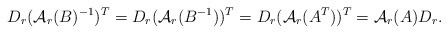
\begin{align*}D_r(\mathcal A_r(B)^{-1})^T=D_r(\mathcal A_r(B^{-1}))^T=D_r(\mathcal A_r(A^T))^T=\mathcal A_r(A)D_r.\end{align*}